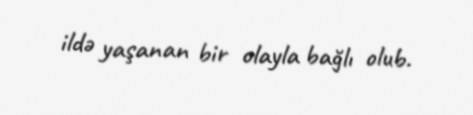
ildə yaşanan bir olayla bağlı olub.